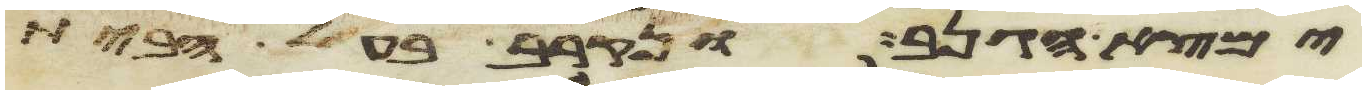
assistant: ימצא הגנב ונקרב בעל הבית